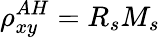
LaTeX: \rho_{xy}^{AH}=R_{s}M_{s}